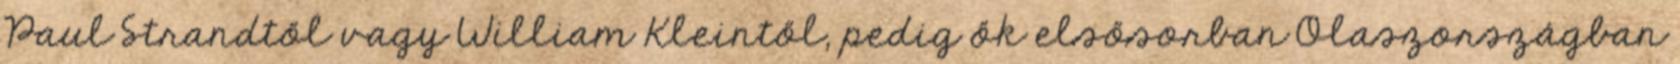
Paul Strandtől vagy William Kleintől, pedig ők elsősorban Olaszországban